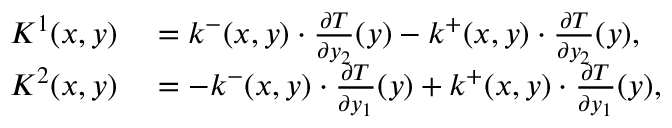
\begin{array} { r l } { K ^ { 1 } ( x , y ) } & { { } = k ^ { - } ( x , y ) \cdot \frac { \partial T } { \partial y _ { 2 } } ( y ) - k ^ { + } ( x , y ) \cdot \frac { \partial T } { \partial y _ { 2 } } ( y ) , } \\ { K ^ { 2 } ( x , y ) } & { { } = - k ^ { - } ( x , y ) \cdot \frac { \partial T } { \partial y _ { 1 } } ( y ) + k ^ { + } ( x , y ) \cdot \frac { \partial T } { \partial y _ { 1 } } ( y ) , } \end{array}